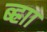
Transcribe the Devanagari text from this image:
ब्ह्राा